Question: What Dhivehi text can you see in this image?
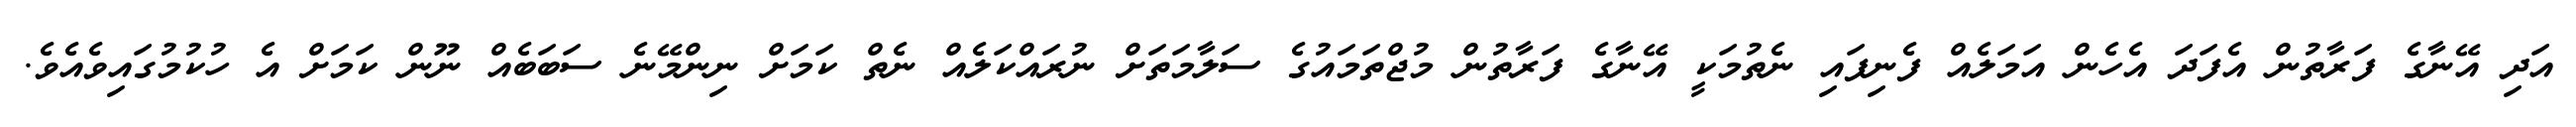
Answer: އަދި އޭނާގެ ފަރާތުން އެފަދަ އެހެން އަމަލެއް ފެނިފައި ނެތުމަކީ އޭނާގެ ފަރާތުން މުޖްތަމައުގެ ސަލާމަތަށް ނުރައްކަލެއް ނެތް ކަމަށް ނިންމޭނެ ސަބަބެއް ނޫން ކަމަށް އެ ހުކުމުގައިވެއެވެ.